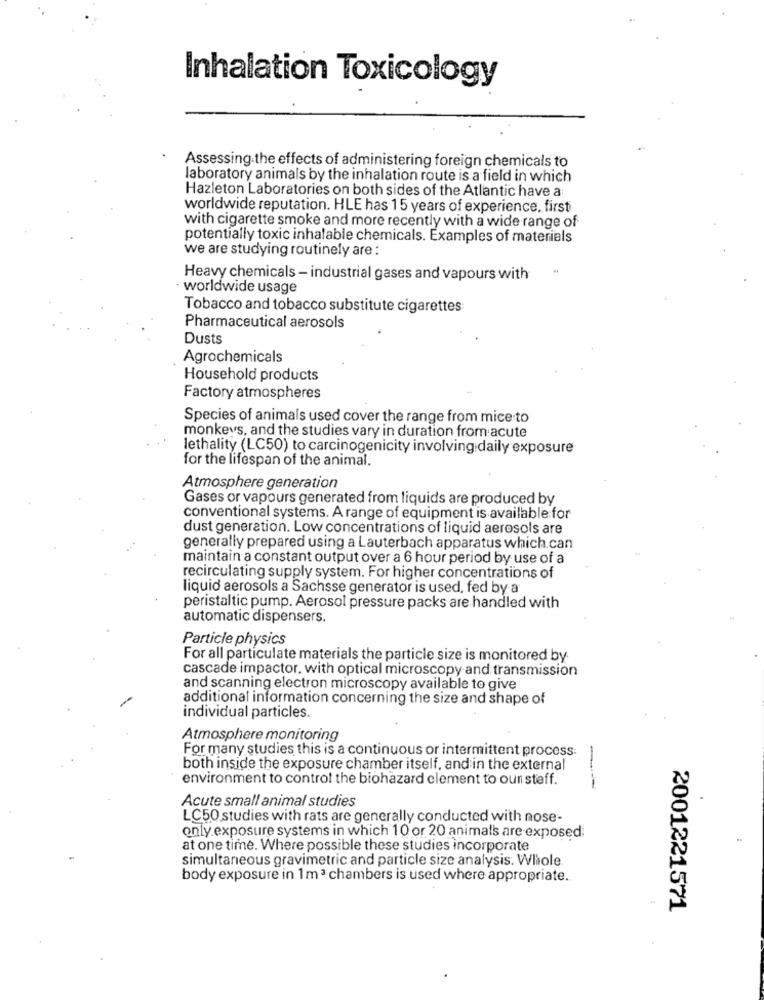
Inhalation Toxicology
Assessing the effects of administering foreign chemicals to
laboratory animals by the inhalation route is a field in which
Hazleton Laboratories on both sides of the Atlantic have a
worldwide reputation. HLE has 15 years of experience, first
with cigarette smoke and more recently with a wide range of
potentially toxic inhalable chemicals. Examples of materials
we are studying routinely are :
Heavy chemicals - industrial gases and vapours with
worldwide usage
Tobacco and tobacco substitute cigarettes
Pharmaceutical aerosols
Dusts
Agrochemicals
Household products
Factory atmospheres
Species of animals used cover the range from mice to
monkeys, and the studies vary in duration from acute
lethality (LC50) to carcinogenicity involving daily exposure
for the lifespan of the animal.
Atmosphere generation
Gases or vapours generated from liquids are produced by
conventional systems. A range of equipment is available for
dust generation. Low concentrations of liquid aerosols are
generally prepared using a Lauterbach apparatus which.can
maintain a constant output over a 6 hour period by use of a
recirculating supply system. For higher concentrations of
liquid aerosols a Sachsse generator is used, fed by a
peristaltic pump. Aerosol pressure packs are handled with
automatic dispensers.
Particle physics
For all particulate materials the particle size is monitored by
cascade impactor. with optical microscopy and transmission
and scanning electron microscopy available to give
additional information concerning the size and shape of
individual particles.
Atmosphere monitoring
For many studies this is a continuous or intermittent process.
both inside the exposure chamber itself, and in the external
environment to control the biohazard clement to oun staff.
Acute small animal studies
LC50 studies with rats are generally conducted with nose-
only exposure systems in which 10 or 20 animals are exposed.
at one time. Where possible these studies incorporate
simultaneous gravimetric and particle size analysis. Whole
body exposure in 1m3 chambers is used where appropriate.
2001221571